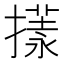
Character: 𢵇